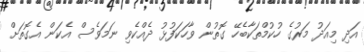
އަދި މިއަދު މަރުގެ ހުކުމްތަކާބެހޭ ގޮތުން ވާހަކަފުޅު ދެއްކެވި ނަމަވެސް އެކަން އެގޮތަށް